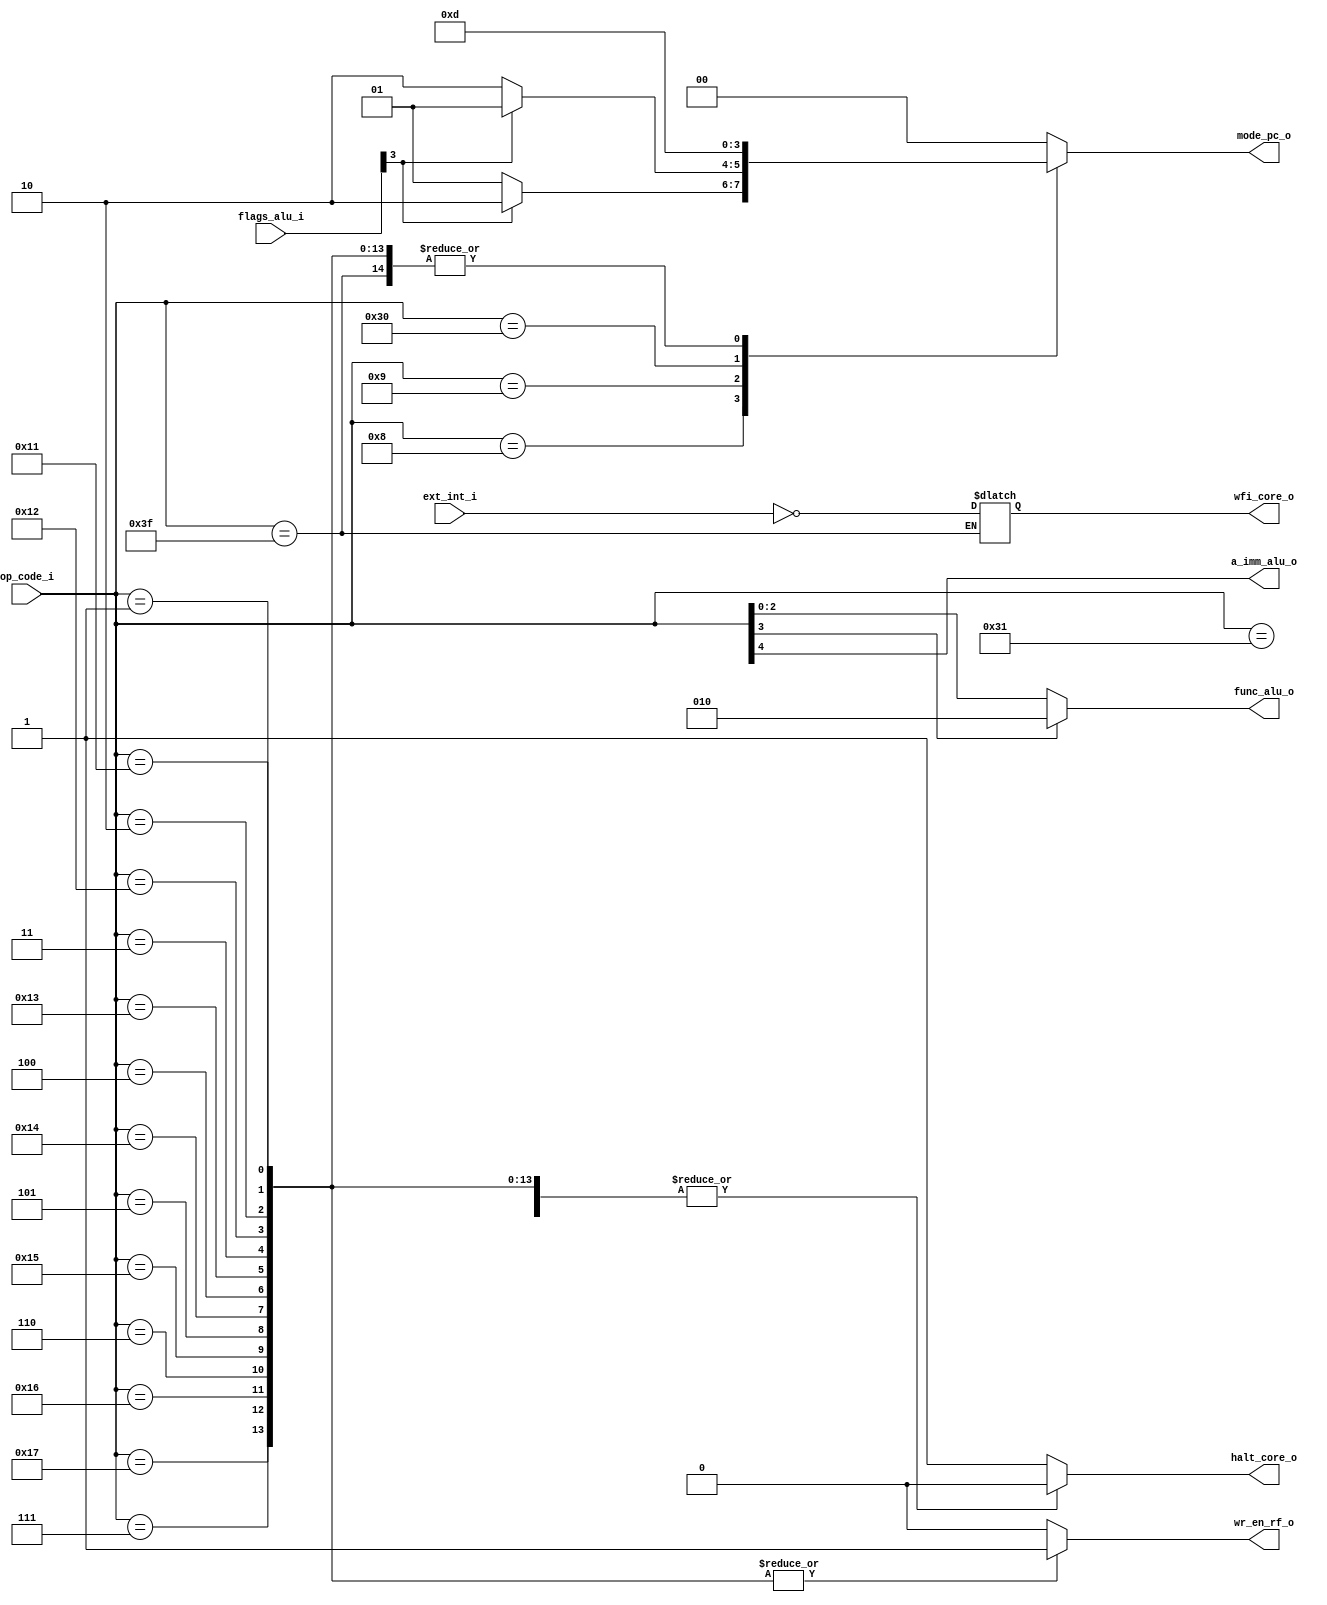
module dec (
	mode_pc_o,
	op_code_i,
	wr_en_rf_o,
	a_imm_alu_o,
	func_alu_o,
	flags_alu_i,
	halt_core_o,
	wfi_core_o,
	ext_int_i
);
	output reg [1:0] mode_pc_o;
	localparam pico_W_OPCODE = 6;
	input wire [5:0] op_code_i;
	output reg wr_en_rf_o;
	output reg a_imm_alu_o;
	output reg [2:0] func_alu_o;
	input wire [3:0] flags_alu_i;
	output reg halt_core_o;
	output reg wfi_core_o;
	input wire ext_int_i;
	localparam [2:0] pico_F_SUB = 3'h2;
	localparam [1:0] pico_INCREMENT = 2'h1;
	localparam [5:0] pico_O_ADD = 6'h01;
	localparam [5:0] pico_O_ADDI = 6'h11;
	localparam [5:0] pico_O_AND = 6'h04;
	localparam [5:0] pico_O_ANDI = 6'h14;
	localparam [5:0] pico_O_BEQ = 6'h08;
	localparam [5:0] pico_O_BNE = 6'h09;
	localparam [5:0] pico_O_HALT = 6'h00;
	localparam [5:0] pico_O_JSBR = 6'h30;
	localparam [5:0] pico_O_MUL = 6'h03;
	localparam [5:0] pico_O_MULI = 6'h13;
	localparam [5:0] pico_O_NOT = 6'h07;
	localparam [5:0] pico_O_NOTI = 6'h17;
	localparam [5:0] pico_O_OR = 6'h05;
	localparam [5:0] pico_O_ORI = 6'h15;
	localparam [5:0] pico_O_RSBR = 6'h31;
	localparam [5:0] pico_O_SUB = 6'h02;
	localparam [5:0] pico_O_SUBI = 6'h12;
	localparam [5:0] pico_O_WFI = 6'h3f;
	localparam [5:0] pico_O_XOR = 6'h06;
	localparam [5:0] pico_O_XORI = 6'h16;
	localparam [1:0] pico_RELATIVE = 2'h2;
	localparam [1:0] pico_RETURN = 2'h0;
	localparam [1:0] pico_SUBROUTINE = 2'h3;
	function automatic [2:0] sv2v_cast_3;
		input reg [2:0] inp;
		sv2v_cast_3 = inp;
	endfunction
	always @(*) begin
		mode_pc_o = pico_RETURN;
		wr_en_rf_o = 1'b0;
		a_imm_alu_o = 1'b0;
		func_alu_o = sv2v_cast_3((op_code_i[3] ? pico_F_SUB : op_code_i[2:0]));
		halt_core_o = 1'b0;
		a_imm_alu_o = op_code_i[4];
		case (op_code_i)
			pico_O_ADD, pico_O_ADDI, pico_O_SUB, pico_O_SUBI, pico_O_MUL, pico_O_MULI, pico_O_AND, pico_O_ANDI, pico_O_OR, pico_O_ORI, pico_O_XOR, pico_O_XORI, pico_O_NOT, pico_O_NOTI: begin
				mode_pc_o = pico_INCREMENT;
				wr_en_rf_o = 1'b1;
			end
			pico_O_BEQ: mode_pc_o = (flags_alu_i[3] ? pico_RELATIVE : pico_INCREMENT);
			pico_O_BNE: mode_pc_o = (~flags_alu_i[3] ? pico_RELATIVE : pico_INCREMENT);
			pico_O_HALT: halt_core_o = 1'b1;
			pico_O_JSBR: mode_pc_o = pico_SUBROUTINE;
			pico_O_RSBR: mode_pc_o = pico_RETURN;
			pico_O_WFI: begin
				mode_pc_o = pico_INCREMENT;
				wfi_core_o = ~ext_int_i;
			end
			default: begin
				halt_core_o = 1'b1;
				//$error("Unimplemented Opcode %h", op_code_i);
			end
		endcase
	end
endmodule